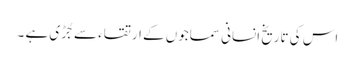
اس کی تاریخ انسانی سماجوں کے ارتقاء سے جُڑی ہے ۔